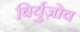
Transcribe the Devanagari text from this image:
बिर्युज़ोव